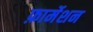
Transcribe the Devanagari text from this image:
फ़ार्मेशन